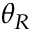
\theta _ { R }